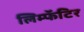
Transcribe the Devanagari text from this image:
लिम्फॅटिर